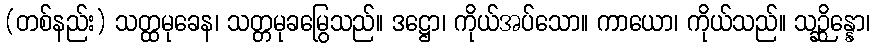
(တစ်နည်း) သတ္ထမုခေန၊ သတ္တမုခမြွေသည်။ ဒဋ္ဌော၊ ကိုယ်အပ်သော။ ကာယော၊ ကိုယ်သည်။ သဉ္ဆိန္နော၊